Calcutta medical institutions reports 1871-78
Year: 1871
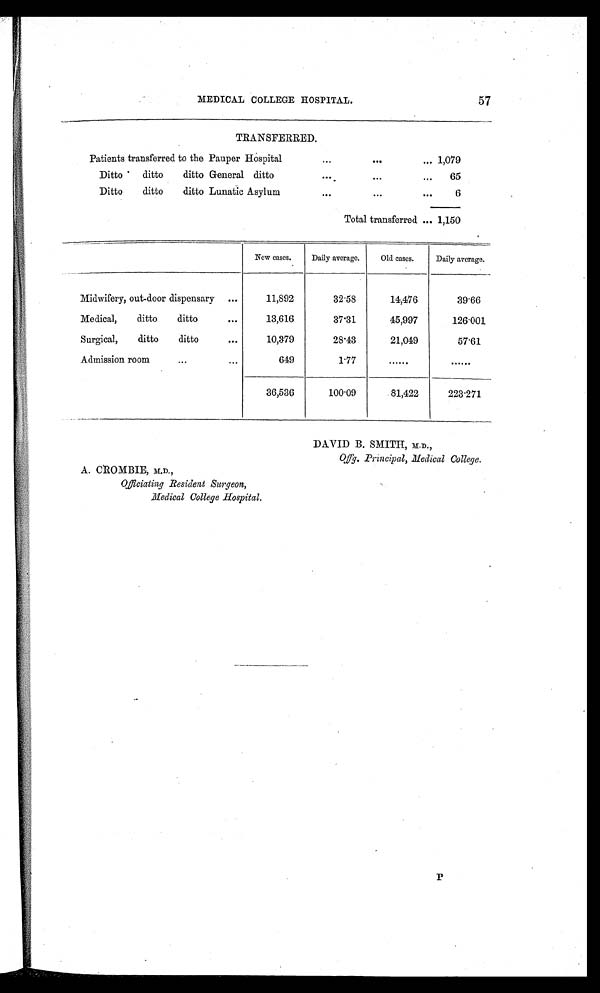
MEDICAL COLLEGE HOSPITAL.
57
TRANSFERRED.
Patients transferred to the Pauper Hospital
1,079
Ditto
ditto
ditto General ditto
65
Ditto
ditto
ditto Lunatic Asylum
6
Total transferred
1,150
New cases.
Daily average.
Old cases.
Daily average.
Midwifery, out-door dispensary
11,892
32.58
14,476
39.66
Medical,
ditto
ditto
13,616
37.31
45,997
126.001
Surgical,
ditto
ditto
10,379
28.43
21,049
57.61
Admission room
649
1.77
......
......
36,536
100.09
81,422
223.271
DAVID B. SMITH, M.D.,
Offg. Principal, Medical College.
A. CROMBIE, M.D.,
Officiating Resident Surgeon,
Medical College Hospital.